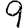
Digit: 9